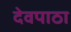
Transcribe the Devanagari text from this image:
देवपाठा